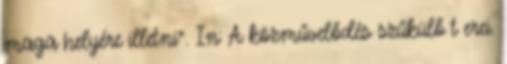
maga helyére illetni”. In: A közművelődés szűkülő t erei.